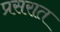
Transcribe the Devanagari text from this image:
प्रसरात